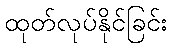
ထုတ်လုပ်နိုင်ခြင်း